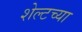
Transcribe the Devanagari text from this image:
शेल्टच्या